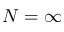
N = \infty